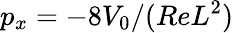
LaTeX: p_{x}=-8V_{0}/(ReL^{2})